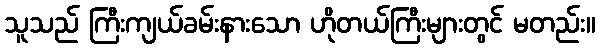
သူသည် ကြီးကျယ်ခမ်းနားသော ဟိုတယ်ကြီးများတွင် မတည်း။